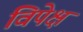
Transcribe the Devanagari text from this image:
विपेक्ष